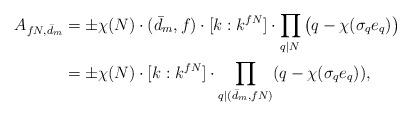
LaTeX: \begin{align*}A_{fN,\bar{d}_m} &= \pm \chi(N) \cdot (\bar{d}_m,f) \cdot [k:k^{fN}] \cdot \prod_{q \mid N} \big( q- \chi(\sigma_q e_q) \big) \\&= \pm \chi(N) \cdot [k:k^{fN}] \cdot \prod_{q \mid (\bar{d}_m,fN)} (q- \chi(\sigma_qe_q)),\end{align*}